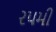
ર૫મી